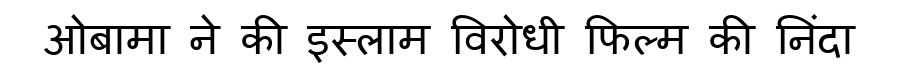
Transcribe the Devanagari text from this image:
ओबामा ने की इस्लाम विरोधी फिल्म की निंदा